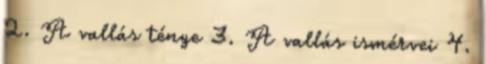
2. A vallás ténye 3. A vallás ismérvei 4.